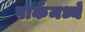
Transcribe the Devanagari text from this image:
पार्कमध्यें